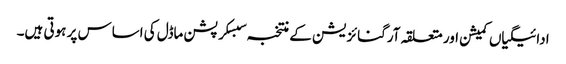
ادائیگیاں کمیشن اور متعلقہ آرگنائزیشن کے منتخبہ سبسکرپشن ماڈل کی اساس پر ہوتی ہیں۔